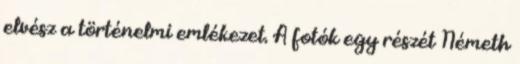
elvész a történelmi emlékezet. A fotók egy részét Németh